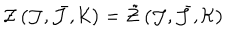
LaTeX: { \cal Z } \left( { \cal J } , \bar { { \cal J } } , { \cal K } \right) = \tilde { { \cal Z } } \left( { \cal J } , \bar { { \cal J } } , { \cal K } \right)